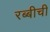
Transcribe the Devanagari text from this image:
रब्बीची